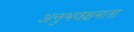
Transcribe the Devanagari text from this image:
अनुभवक्षमता